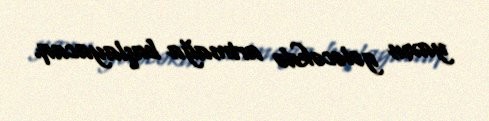
yaxın gələcəkdə artmağa başlayacaq.